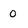
Character: 0